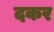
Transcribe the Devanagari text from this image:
दकर